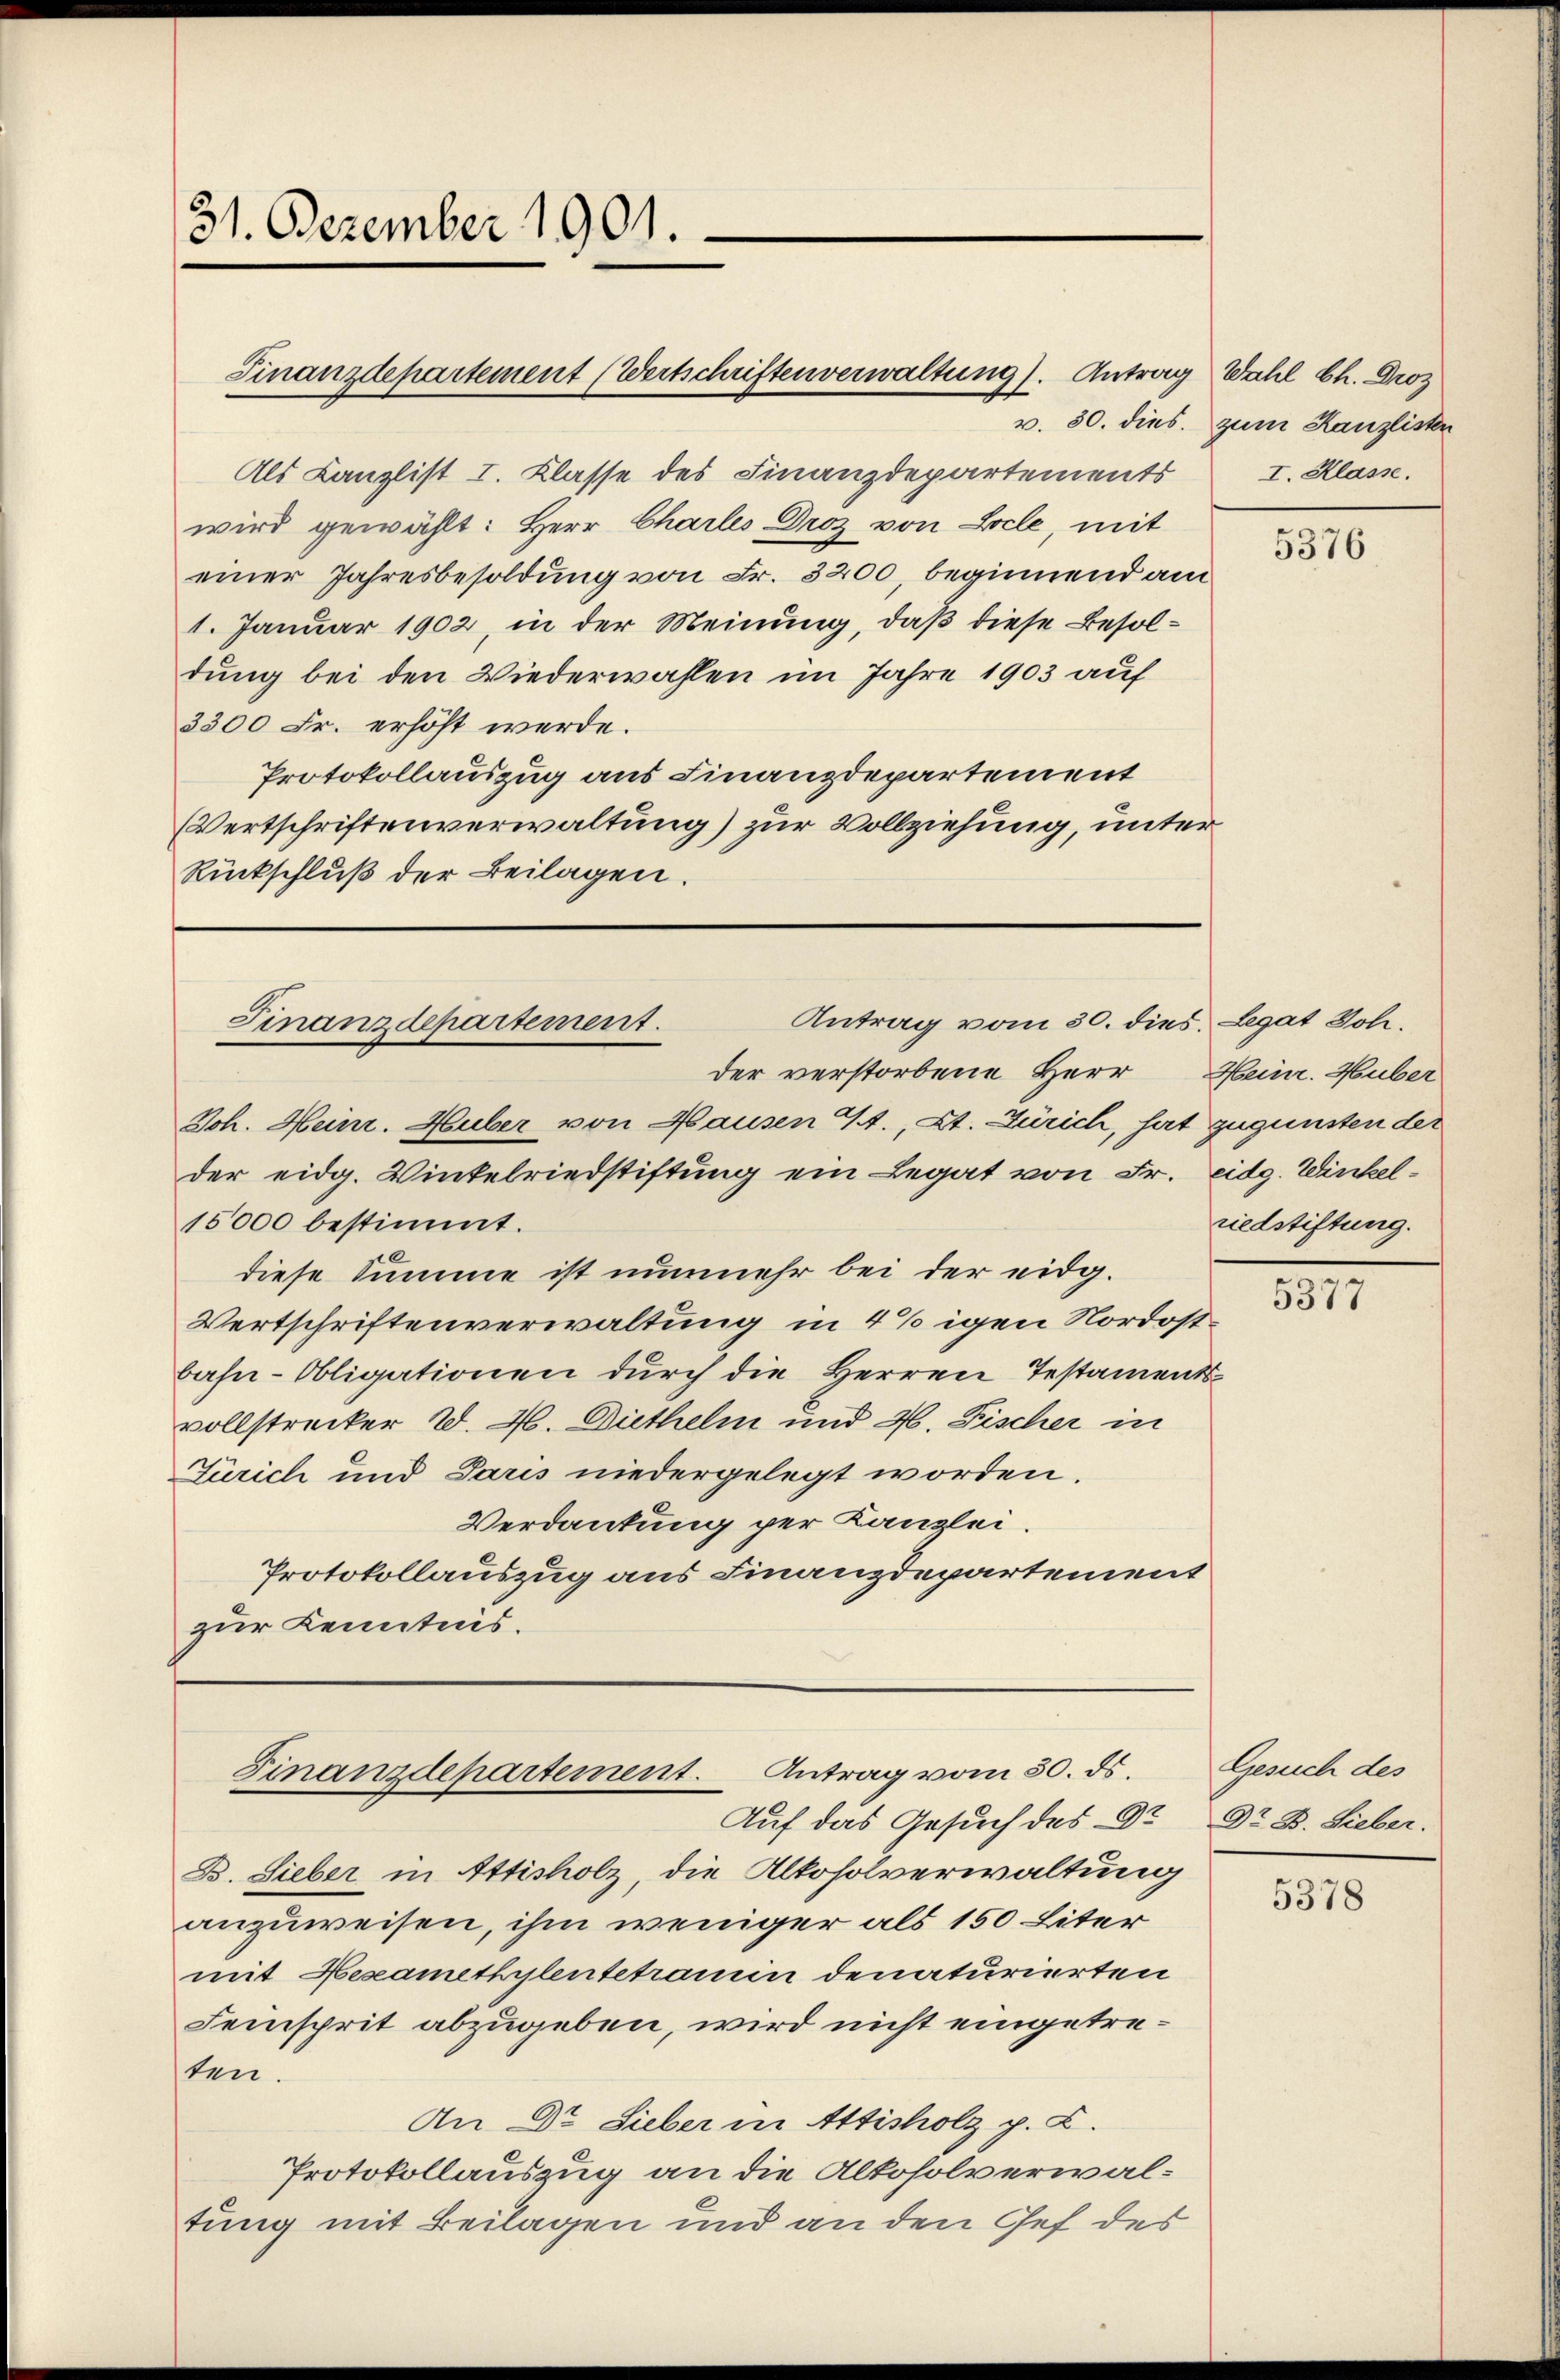
31. Dezember 1901.

Als Canzlist I. Klasse des Finanzdepartements
wird gewählt: Herr Charles Droz von Locle, mit
einer Jahresbesoldung von Fr. 3200, beginnend am
1. Januar 1902, in der Meinung, daß diese Besoldung bei den Wiederwahlen im Jahre 1903 auf
3300 Fr. erhöht werde.
Protokollauszug aus Finanzdepartement
Wertschriftenverwaltung) zur Vollziehung, unter
Rückschluß der Beilagen.

Antrag vom 30. dies. Legat Joh.
Finanzdepartement.
der verstorbene Herr Heinr. Huber

Finanzdepartement (Wertschriften verwaltung). Antrag Wahl Ch. Droz

Joh. Heinr. Huber von Hausen Et., Kt. Zürich, hat zugunsten der
der eidg. Wintelriedstiftung ein Legat von Fr. eidg. Winkel¬
15000 bestimmt.
diese Summe ist nunmehr bei der eidg.
Wertschriftenverwaltung in 4 % igen Nordostbahn-Obligationen durch die Herren Testamentsvollstrecker W. 46. Diethelm und 46. Fischer in
Zürich und Paris niedergelegt worden.
Verdankung per Kanzlei.
Protokollauszug aus Finanzdepartement
zur Kenntnis.

Finanzdepartement. Antrag vom 30. ds.
Auf das Gesuch des Dr

B. Lieber in Attisholz, die Alkoholverwaltung
anzuweisen, ihm weniger als 150 Liter
mit Heseamethylentetramin denaturierten
Seinsprit abzugeben, wird nicht eingetreten.
An Dr. Sieber in Attisholz p. C.
Protokollauszug an die Altosolverwaltung mit Beilagen und an den Gef des

v. 30. dies. zum Kanzlisten
I. Klasse.

5376

riedstiftung.

5377

Gesuch des
Dr. B. Sieber.

5378